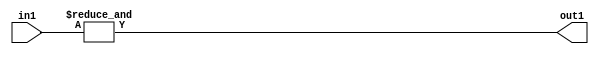
`timescale 1ps / 1ps
/*****************************************************************************
    Verilog RTL Description
    
    
    Created by: Stratus DpOpt 2019.1.01 
*******************************************************************************/

module pw_feature_addr_gen_Eqi31u5_4_1 (
	in1,
	out1
	); /* architecture "behavioural" */ 
input [4:0] in1;
output  out1;
wire  asc001;

assign asc001 = 
	(&in1);

assign out1 = asc001;
endmodule

/* CADENCE  urX2TAw= : u9/ySgnWtBlWxVPRXgAZ4Og= ** DO NOT EDIT THIS LINE ******/